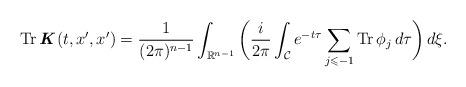
LaTeX: \begin{align*} \operatorname{Tr}\textbf{\textit{K}}(t,x^{\prime},x^{\prime}) = \frac{1}{(2\pi)^{n-1}} \int_{\mathbb{R}^{n-1}} \bigg( \frac{i}{2\pi} \int_{\mathcal{C}} e^{-t\tau} \sum_{j \leqslant -1} \operatorname{Tr} \phi_{j}\,d\tau \bigg) \,d\xi.\end{align*}